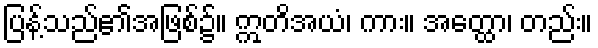
ပြန့်သည်၏အဖြစ်၌။ ဣတိအယံ၊ ကား။ အတ္ထော၊ တည်း။